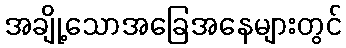
အချို့သောအခြေအနေများတွင်